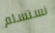
نستسلم